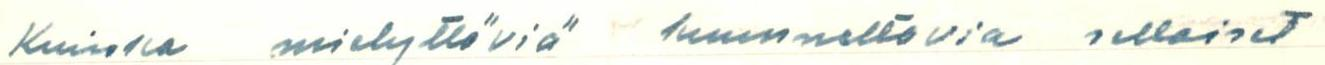
Kuinka mielyttöviä kuunneltovia sellaiset